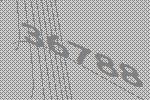
36788